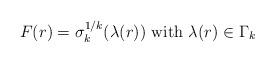
LaTeX: \begin{align*}F (r) = \sigma_k^{1/k} (\lambda(r)) \mbox{ with } \lambda(r) \in \Gamma_k\end{align*}